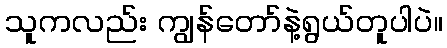
သူကလည်း ကျွန်တော်နဲ့ရွယ်တူပါပဲ။